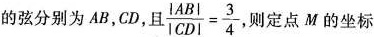
的弦分别为AB，CD，且 $$\frac{|AB|}{|CD|}= \frac{3}{4}$$ 则定点M的坐标